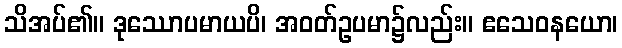
သိအပ်၏။ ဒုဿောပမာယပိ၊ အဝတ်ဥပမာ၌လည်း။ ဧသေဝနယော၊